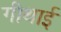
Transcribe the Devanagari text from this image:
गीथाई